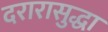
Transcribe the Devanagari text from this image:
दरारासुद्धा